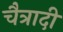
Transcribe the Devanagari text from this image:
चैत्रादी